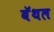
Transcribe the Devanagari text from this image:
बॅथल